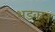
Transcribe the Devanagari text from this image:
भडकून